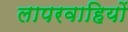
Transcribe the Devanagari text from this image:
लापरवाहियों